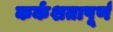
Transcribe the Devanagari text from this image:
कर्कशतापूर्ण